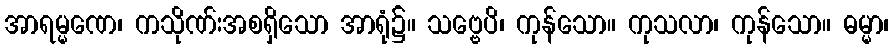
အာရမ္မဏေ၊ ကသိုဏ်းအစရှိသော အာရုံ၌။ သဗ္ဗေပိ၊ ကုန်သော။ ကုသလာ၊ ကုန်သော။ ဓမ္မာ၊